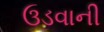
ઉડવાની